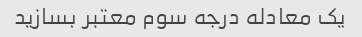
یک معادله درجه سوم معتبر بسازید